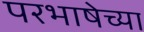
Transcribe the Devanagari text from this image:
परभाषेच्या